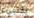
يختبيء